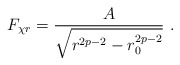
\begin{align*}F_{\chi r}= \frac{A}{\sqrt{r^{2p-2} - r_0^{2p-2}}} \ .\end{align*}